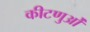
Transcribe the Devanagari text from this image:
कीटणुओं